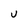
Character: U